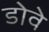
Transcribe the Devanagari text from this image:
डोवे